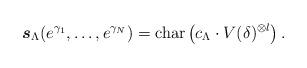
LaTeX: \begin{align*}\boldsymbol{s}_{\Lambda}(e^{\gamma_{1}},\ldots,e^{\gamma_{N}})=\mathrm{char}\left( c_{\Lambda}\cdot V(\delta)^{\otimes l}\right) .\end{align*}